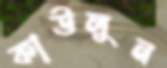
কাউলুন